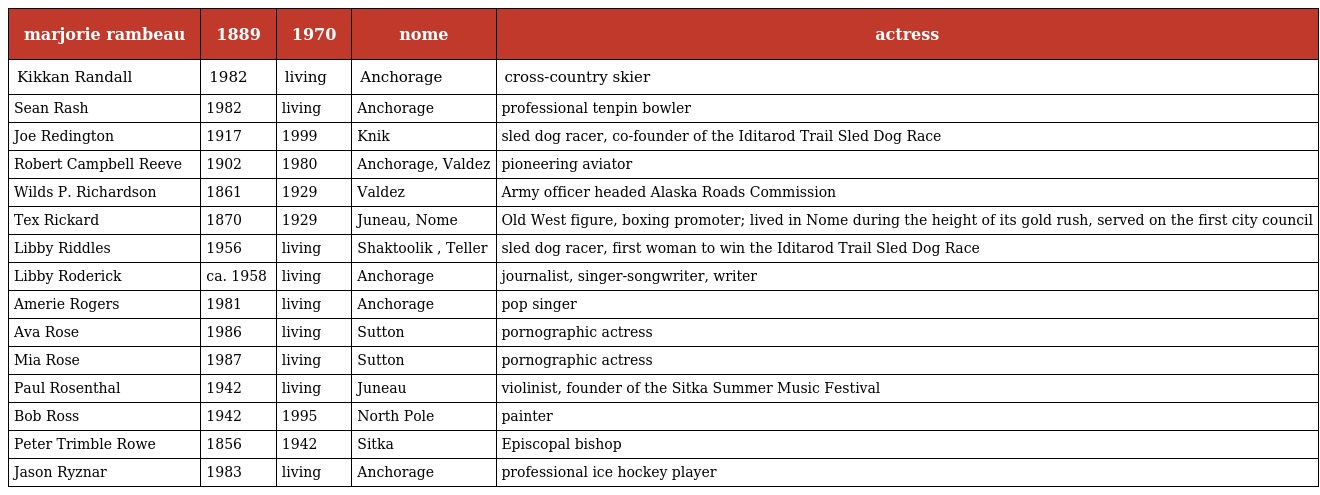
| marjorie rambeau | 1889 | 1970 | nome | actress |
 | --- | --- | --- | --- | --- |
 | Kikkan Randall | 1982 | living | Anchorage | cross-country skier |
 | Sean Rash | 1982 | living | Anchorage | professional tenpin bowler |
 | Joe Redington | 1917 | 1999 | Knik | sled dog racer, co-founder of the Iditarod Trail Sled Dog Race |
 | Robert Campbell Reeve | 1902 | 1980 | Anchorage, Valdez | pioneering aviator |
 | Wilds P. Richardson | 1861 | 1929 | Valdez | Army officer headed Alaska Roads Commission |
 | Tex Rickard | 1870 | 1929 | Juneau, Nome | Old West figure, boxing promoter; lived in Nome during the height of its gold rush, served on the first city council |
 | Libby Riddles | 1956 | living | Shaktoolik , Teller | sled dog racer, first woman to win the Iditarod Trail Sled Dog Race |
 | Libby Roderick | ca. 1958 | living | Anchorage | journalist, singer-songwriter, writer |
 | Amerie Rogers | 1981 | living | Anchorage | pop singer |
 | Ava Rose | 1986 | living | Sutton | pornographic actress |
 | Mia Rose | 1987 | living | Sutton | pornographic actress |
 | Paul Rosenthal | 1942 | living | Juneau | violinist, founder of the Sitka Summer Music Festival |
 | Bob Ross | 1942 | 1995 | North Pole | painter |
 | Peter Trimble Rowe | 1856 | 1942 | Sitka | Episcopal bishop |
 | Jason Ryznar | 1983 | living | Anchorage | professional ice hockey player |